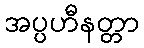
အပ္ပဟီနတ္တာ